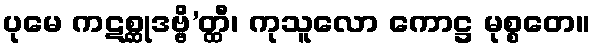
ပုမေ ကဋစ္ဆုဒဗ္ဗိ’တ္ထီ၊ ကုသူလော ကောဋ္ဌ မုစ္စတေ။